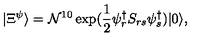
| \Xi ^ { \psi } \rangle = \mathcal { N } ^ { 1 0 } \exp ( \frac { 1 } { 2 } \psi _ { r } ^ { \dag } S _ { r s } \psi _ { s } ^ { \dag } ) | 0 \rangle ,